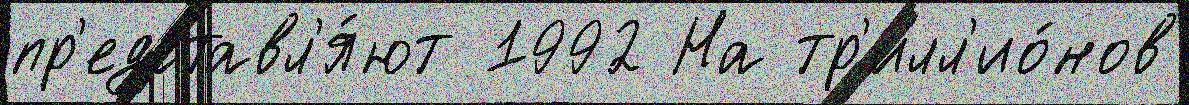
пр'едставл'я́ют 1992 На тр'илл'ио́нов